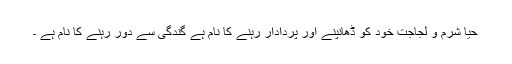
حیا شرم و لجاجت خود کو ڈھانپنے اور پردادار رہنے کا نام ہے گندگی سے دور رہنے کا نام ہے ۔